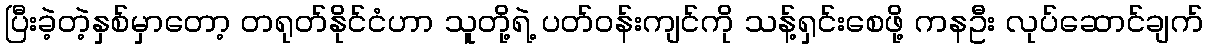
ပြီးခဲ့တဲ့နှစ်မှာတော့ တရုတ်နိုင်ငံဟာ သူတို့ရဲ့ ပတ်ဝန်းကျင်ကို သန့်ရှင်းစေဖို့ ကနဦး လုပ်ဆောင်ချက်